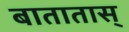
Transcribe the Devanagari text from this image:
बातातास्